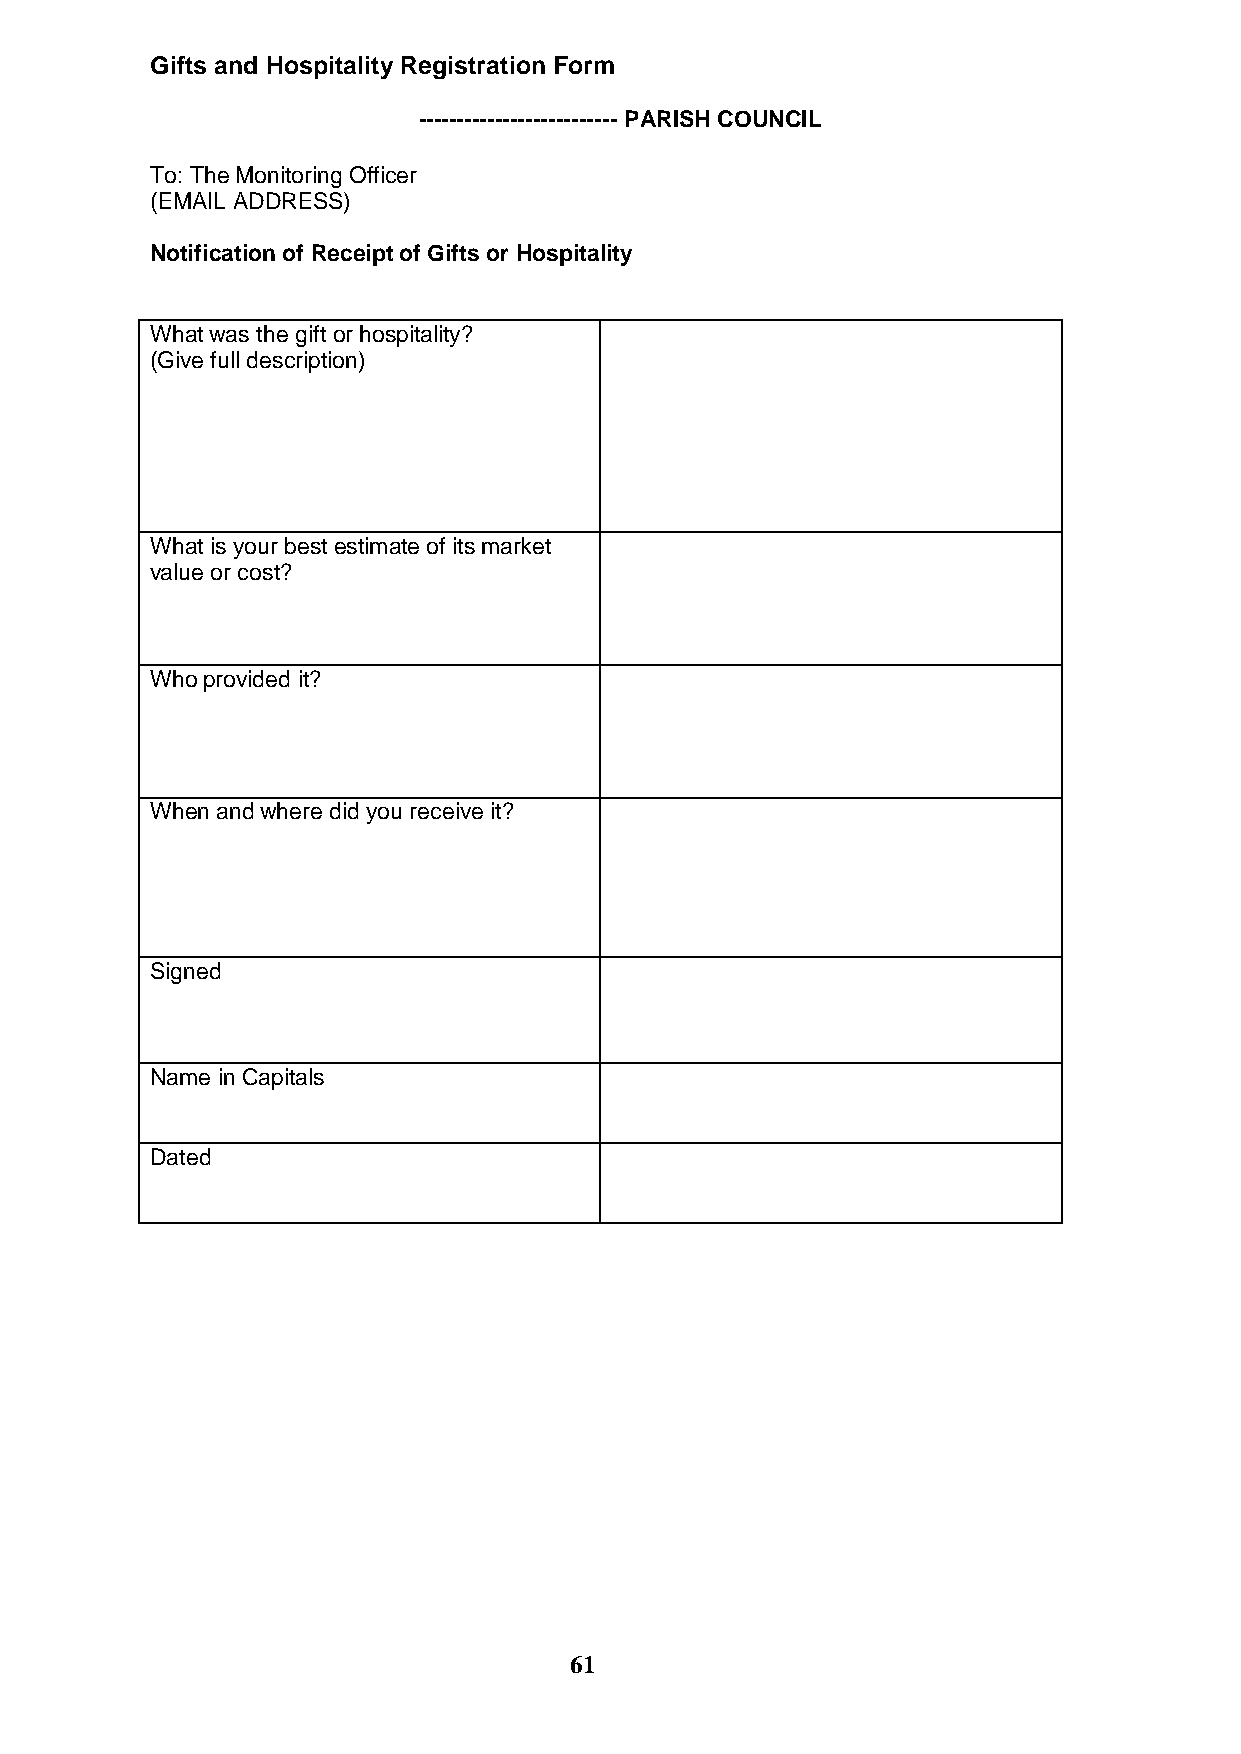
Gifts and Hospitality Registration Form
 -------------------------- PARISH COUNCIL
 To: The Monitoring Officer
 (EMAIL ADDRESS)
 Notification of Receipt of Gifts or Hospitality
 What was the gift or hospitality?
 (Give full description)
 What is your best estimate of its market
 value or cost?
 Who provided it?
 When and where did you receive it?
 Signed
 Name in Capitals
 Dated
 61